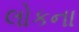
લોકના